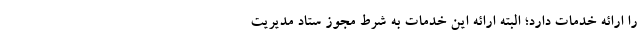
را ارائه خدمات دارد؛ البته ارائه این خدمات به شرط مجوز ستاد مدیریت